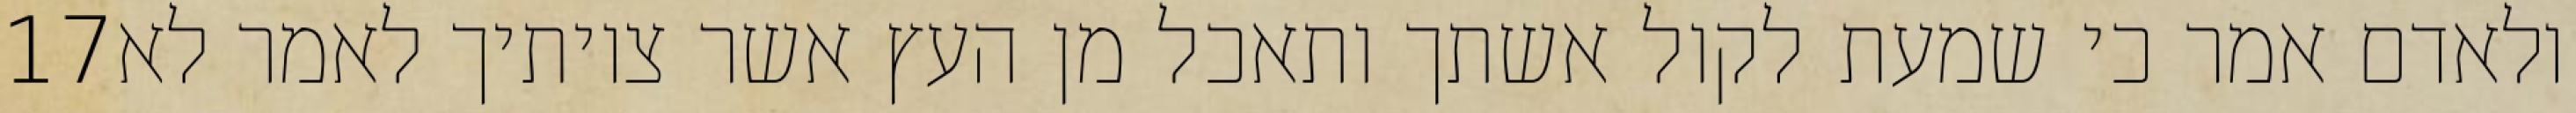
‎17‏ ולאדם אמר כי שמעת לקול אשתך ותאכל מן העץ אשר צויתיך לאמר לא